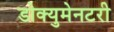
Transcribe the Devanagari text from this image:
डोक्युमेनटरी